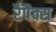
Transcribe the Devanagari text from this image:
रैपैक्स